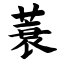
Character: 蓑